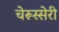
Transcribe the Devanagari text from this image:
चेरूस्सेरी